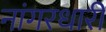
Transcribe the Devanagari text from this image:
नांगरधारी